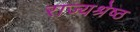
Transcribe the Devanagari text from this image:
राज्यश्रेष्ठ